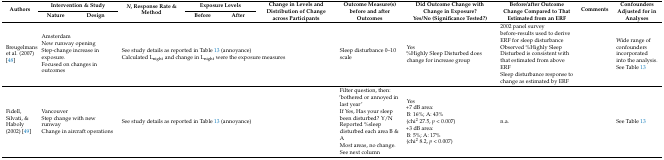
| <ROWSPAN=2> Authors | <COLSPAN=2> Intervention & Study | <ROWSPAN=2> N, Response Rate & Method | <COLSPAN=2> Exposure Levels | <ROWSPAN=2> Change in Levels and Distribution of Change across Participants | <ROWSPAN=2> Outcome Measure(s) before and after Outcomes | <ROWSPAN=2> Did Outcome Change with Change in Exposure?Yes/No(Significance Tested?) | <ROWSPAN=2> Before/after Outcome Change Compared to That Estimated from an ERF | <ROWSPAN=2> Comments | <ROWSPAN=2> Confounders Adjusted for in Analyses |
 | Nature | Design | Before | After |
 | --- | --- | --- | --- | --- | --- | --- | --- | --- | --- | --- | --- |
 | Breugelmans et al. (2007) [48] | <COLSPAN=2> AmsterdamNew runway openingStep-change increase in exposure.Focused on changes in outcomes | <COLSPAN=4> See study details as reported in Table 13 (annoyance)Calculated Lnight and change in Lnight were the exposure measures | Sleep disturbance 0–10 scale | Yes%Highly Sleep Disturbed does change for increase group | 2002 panel survey before-results used to derive ERF for sleep disturbanceObserved %Highly Sleep Disturbed is consistent with that estimated from above ERFSleep disturbance response to change as estimated by ERF |  | Wide range of confounders incorporated into the analysis. See Table 13 |
 | Fidell, Silvati, & Haboly (2002) [49] | <COLSPAN=2> VancouverStep change with new runwayChange in aircraft operations | <COLSPAN=4> See study details as reported in Table 13 (annoyance) | Filter question, then: ‘bothered or annoyed in last year’If Yes, Has your sleep been disturbed? Y/NReported %sleep disturbed each area B & AMost areas, no change. See next column | Yes+7 dB area:B: 16%; A: 43%(chi2 27.5, p < 0.007)+3 dB area:B: 5%; A: 17%(chi2 8.2, p < 0.007) | n.a. |  | See Table 13 |